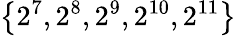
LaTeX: \left\{ 2^{7},2^{8},2^{9},2^{10},2^{11}\right\}